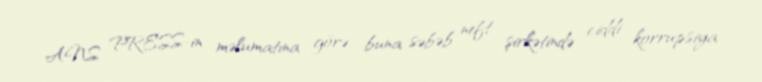
ANS PRESS-in məlumatına görə, buna səbəb neft şirkətində ciddi korrupsiya